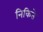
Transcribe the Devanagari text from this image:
निकिते